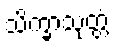
သိက္ခာသုတ္တံ